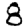
Digit: 8